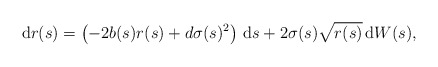
\begin{align*}\, \mathrm{d} r(s)=\left( -2b(s)r(s)+d\sigma (s)^{2}\right) \, \mathrm{d}s+2\sigma (s)\sqrt{r(s)}\, \mathrm{d} W(s),\end{align*}